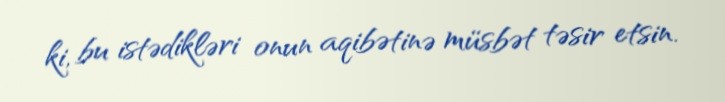
ki, bu istədikləri onun aqibətinə müsbət təsir etsin.